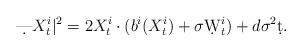
LaTeX: \begin{align*}\d |X_t^i|^2 = 2X_t^i\cdot (b^i(X_t^i)+\sigma\d W_t^i) + d\sigma^2\d t.\end{align*}